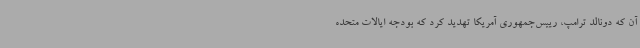
آن که دونالد ترامپ، رییس‌جمهوری آمریکا تهدید کرد که بودجه ایالات متحده